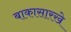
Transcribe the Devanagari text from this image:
बाकासारखे